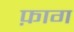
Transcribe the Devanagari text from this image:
फ़ाग